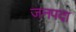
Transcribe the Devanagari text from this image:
जनपदा